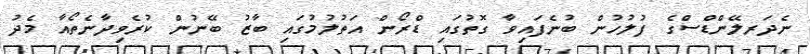
ނެދަރލޭންޑްސްގެ ފުލުހުން ބުނެފައިވާ ގޮތުގައި ޑްރޯން އަތުލުމުގައި ބާޒު ބޭނުން ކުރެވިދާނެތޯއާ މެދު